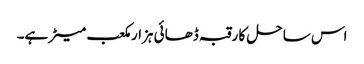
اس ساحل کا رقبہ ڈھائی ہزار مکعب میٹر ہے۔